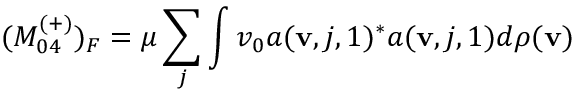
( M _ { 0 4 } ^ { ( + ) } ) _ { F } = \mu \sum _ { j } \int v _ { 0 } a ( { \bf v } , j , 1 ) ^ { * } a ( { \bf v } , j , 1 ) d \rho ( { \bf v } )